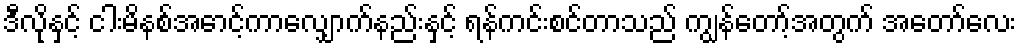
ဒီလိုနှင့် ငါးမိနစ်အောင့်ကာလျှောက်နည်းနှင့် ရန်ကင်းစင်တာသည် ကျွန်တော့်အတွက် အတော်လေး